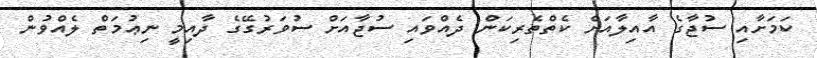
ކަމަށާއި ސުޖާގެ އާއިލާއަށް ކެތްތެރިކަން ދެއްވައި ސުޖާއަށް ސުވަރުގޭގެ ދާއިމީ ނިޢުމަތް ލެއްވުން